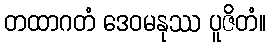
တထာဂတံ ဒေဝမနုဿ ပူဇိတံ။